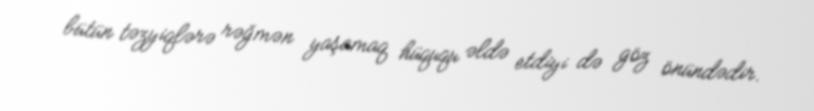
bütün təzyiqlərə rəğmən yaşamaq hüququ əldə etdiyi də göz önündədir.